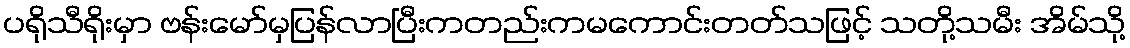
ပရိုသီရိုးမှာ ဗန်းမော်မှပြန်လာပြီးကတည်းကမကောင်းတတ်သဖြင့် သတို့သမီး အိမ်သို့